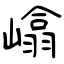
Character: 嶖